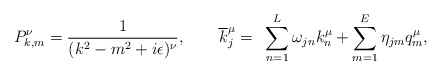
\begin{align*}P^{\nu}_{k,m}=\frac{1}{(k^2-m^2+i \epsilon)^{\nu}},~~~~~~\overline{k}_j^{\mu}=~ \sum^L_{n=1} \omega_{jn}k^{\mu}_n+ \sum _{m=1}^E \eta_{jm}q_m^{\mu},\end{align*}